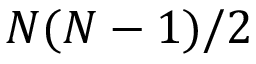
N ( N - 1 ) / 2